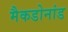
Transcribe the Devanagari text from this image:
मैकडोनांड